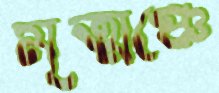
মৃত্মঞ্চে